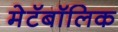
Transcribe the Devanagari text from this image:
मेटॅबॉलिक